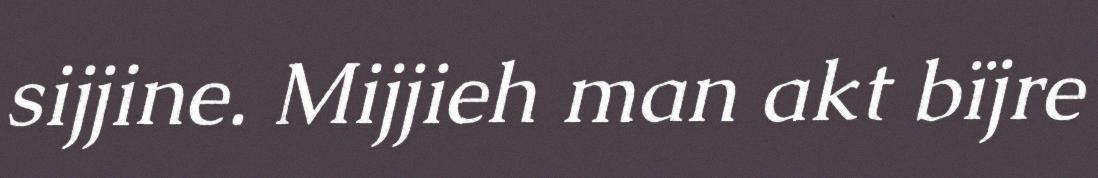
sijjine. Mijjieh man akt bïjre